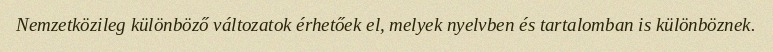
Nemzetközileg különböző változatok érhetőek el, melyek nyelvben és tartalomban is különböznek.